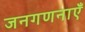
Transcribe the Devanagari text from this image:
जनगणनाएँ